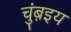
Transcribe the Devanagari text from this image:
चुंब़इय